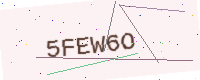
Text: 5FEW6O